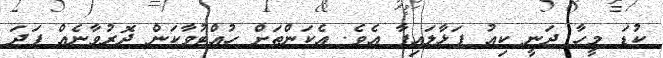
ކުޑަ މީހާ ދަނީ ކިއު ފަޅާލައިފާ އެވެ. އެކަންތަށް ހުއްޓުވާކަން ދޮރުވާނެއް ފަދަ